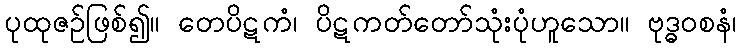
ပုထုဇဉ်ဖြစ်၍။ တေပိဋကံ၊ ပိဋကတ်တော်သုံးပုံဟူသော။ ဗုဒ္ဓဝစနံ၊